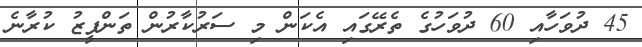
45 ދުވަހާއި 60 ދުވަހުގެ ތެރޭގައި އެކަން މި ސަރުކާރުން ތަންފީޒު ކުރާނެ